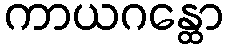
ကာယဂန္ထော